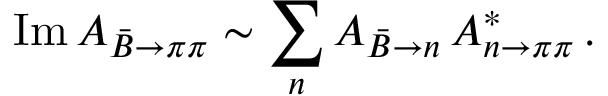
\mathrm { I m } \, { \cal A } _ { \bar { B } \to \pi \pi } \sim \sum _ { n } { \cal A } _ { \bar { B } \to n } \, { \cal A } _ { n \to \pi \pi } ^ { * } \, .